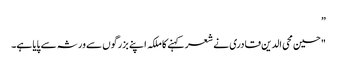
”
"حسین محی الدین قادری نے شعر کہنے کا ملکہ اپنے بزرگوں سے ورثہ سے پایا ہے۔